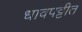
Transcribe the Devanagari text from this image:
धावपट्टीत